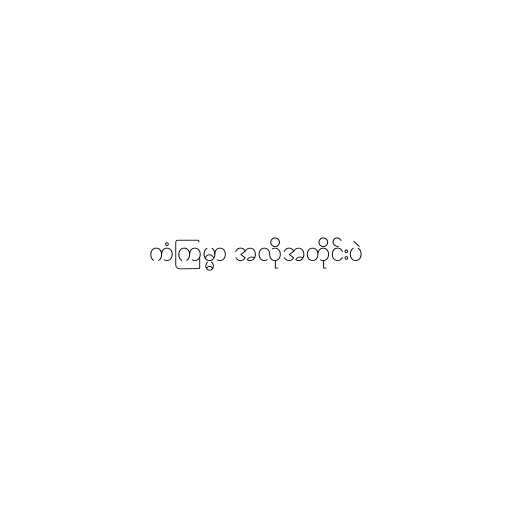
ကံကြမ္မာ အလိုအတိုင်းပဲ